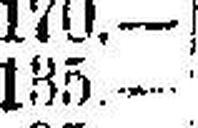
135.—